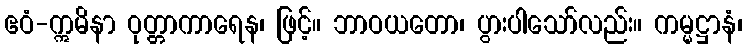
ဧဝံ-ဣမိနာ ဝုတ္တာကာရေန၊ ဖြင့်။ ဘာဝယတော၊ ပွားပါသော်လည်း။ ကမ္မဋ္ဌာနံ၊